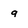
Character: g